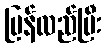
ပြန်လည်ပြီး